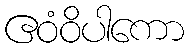
ဧဝံဝိပါကော